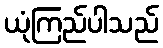
ယုံကြည်ပါသည်